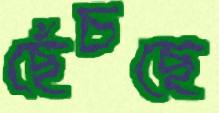
ছেঁচছে